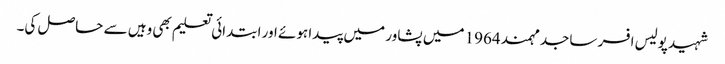
شہید پولیس افسر ساجد مہمند 1964 میں پشاور میں پیدا ہوئے اور ابتدائی تعلیم بھی وہیں سے حاصل کی۔